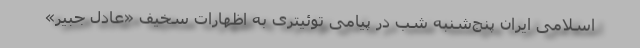
اسلامی ایران پنج‌شنبه شب در پیامی توئیتری به اظهارات سخیف «عادل جبیر»